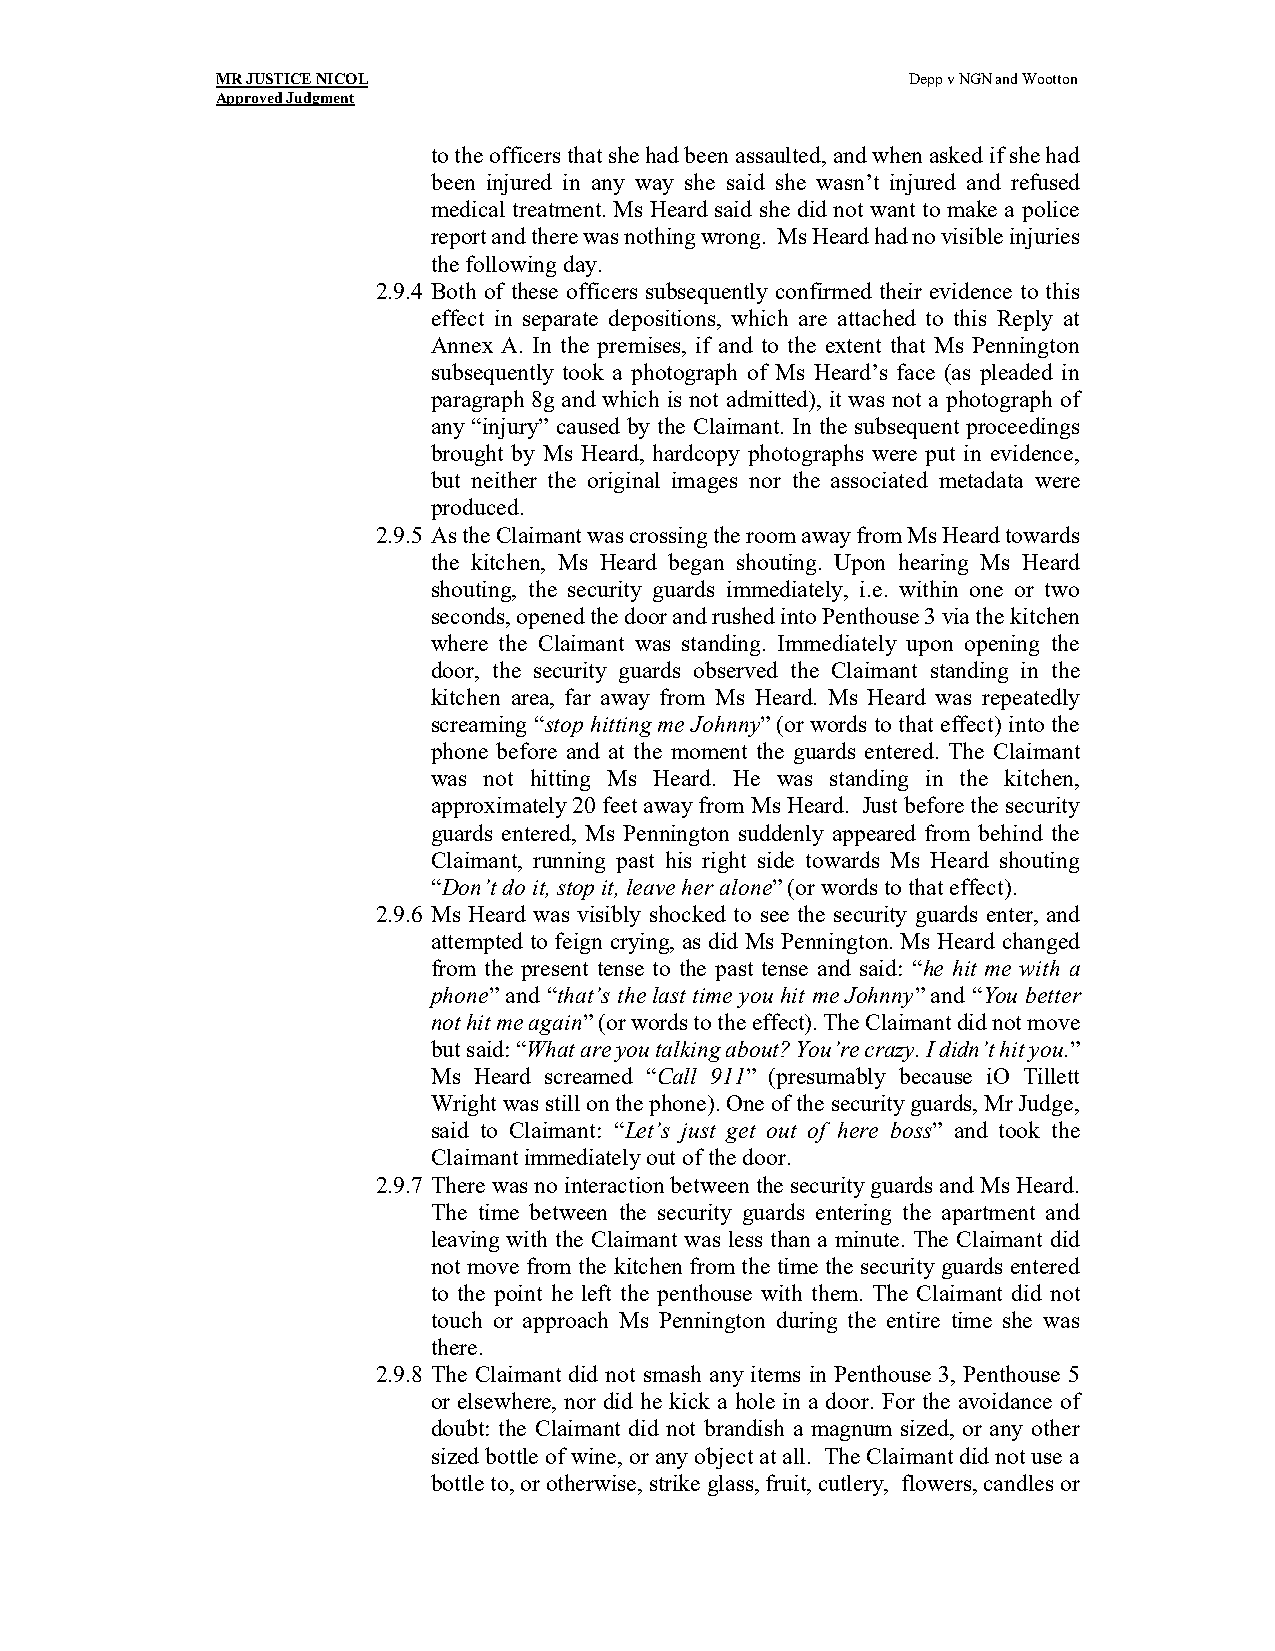
MR JUSTICE NICOL                              Depp v NGN and Wootton
 Approved Judgment
 to the officers that she had been assaulted, and when asked if she had
 been injured in any way she said she wasn’t injured and refused
 medical treatment. Ms Heard said she did not want to make a police
 report and there was nothing wrong. Ms Heard had no visible injuries
 the following day.
 2.9.4 Both of these officers subsequently confirmed their evidence to this
 effect in separate depositions, which are attached to this Reply at
 Annex A. In the premises, if and to the extent that Ms Pennington
 subsequently took a photograph of Ms Heard’s face (as pleaded in
 paragraph 8g and which is not admitted), it was not a photograph of
 any “injury” caused by the Claimant. In the subsequent proceedings
 brought by Ms Heard, hardcopy photographs were put in evidence,
 but neither the original images nor the associated metadata were
 produced.
 2.9.5 As the Claimant was crossing the room away from Ms Heard towards
 the kitchen, Ms Heard began shouting. Upon hearing Ms Heard
 shouting, the security guards immediately, i.e. within one or two
 seconds, opened the door and rushed into Penthouse 3 via the kitchen
 where the Claimant was standing. Immediately upon opening the
 door, the security guards observed the Claimant standing in the
 kitchen area, far away from Ms Heard. Ms Heard was repeatedly
 screaming “stop hitting me Johnny” (or words to that effect) into the
 phone before and at the moment the guards entered. The Claimant
 was not hitting Ms Heard. He was standing in the kitchen,
 approximately 20 feet away from Ms Heard. Just before the security
 guards entered, Ms Pennington suddenly appeared from behind the
 Claimant, running past his right side towards Ms Heard shouting
 “Don’t do it, stop it, leave her alone” (or words to that effect).
 2.9.6 Ms Heard was visibly shocked to see the security guards enter, and
 attempted to feign crying, as did Ms Pennington. Ms Heard changed
 from the present tense to the past tense and said: “he hit me with a
 phone” and “that’s the last time you hit me Johnny” and “You better
 not hit me again” (or words to the effect). The Claimant did not move
 but said: “What are you talking about? You’re crazy. I didn’t hit you.”
 Ms Heard screamed “Call 911” (presumably because iO Tillett
 Wright was still on the phone). One of the security guards, Mr Judge,
 said to Claimant: “Let’s just get out of here boss” and took the
 Claimant immediately out of the door.
 2.9.7 There was no interaction between the security guards and Ms Heard.
 The time between the security guards entering the apartment and
 leaving with the Claimant was less than a minute. The Claimant did
 not move from the kitchen from the time the security guards entered
 to the point he left the penthouse with them. The Claimant did not
 touch or approach Ms Pennington during the entire time she was
 there.
 2.9.8 The Claimant did not smash any items in Penthouse 3, Penthouse 5
 or elsewhere, nor did he kick a hole in a door. For the avoidance of
 doubt: the Claimant did not brandish a magnum sized, or any other
 sized bottle of wine, or any object at all. The Claimant did not use a
 bottle to, or otherwise, strike glass, fruit, cutlery, flowers, candles or